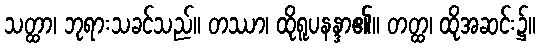
သတ္ထာ၊ ဘုရားသခင်သည်။ တဿာ၊ ထိုရူပနန္ဒာ၏။ တတ္ထ၊ ထိုအဆင်း၌။